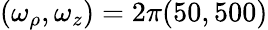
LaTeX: (\omega_{\rho},\omega_{z})=2\pi(50,500)